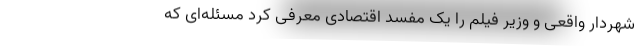
شهردار واقعی و وزیر فیلم را یک مفسد اقتصادی معرفی کرد مسئله‌ای که